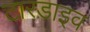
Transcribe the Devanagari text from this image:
टारडाइव